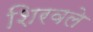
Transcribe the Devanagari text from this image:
शिरवले